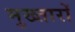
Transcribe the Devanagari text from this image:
मुख्तारों